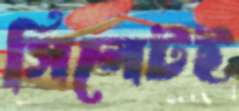
সিলেটই